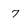
Character: 7